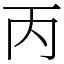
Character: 丙